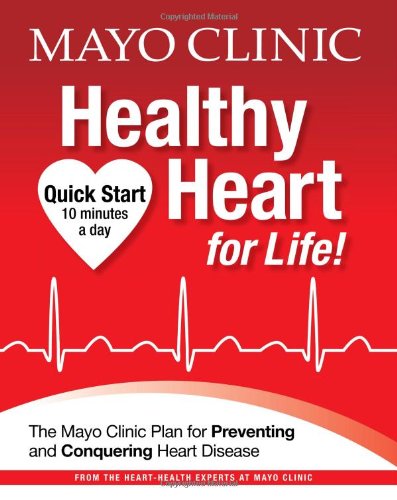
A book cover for Mayo Clinic Healthy Heart for Life!; Mayo Clinic; Health, Fitness & Dieting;